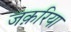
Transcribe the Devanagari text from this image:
जक़रिया